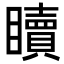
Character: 𥌚